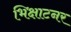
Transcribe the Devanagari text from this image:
भिक्षाटनर